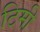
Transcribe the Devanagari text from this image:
टिमी